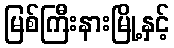
မြစ်ကြီးနားမြို့နှင့်